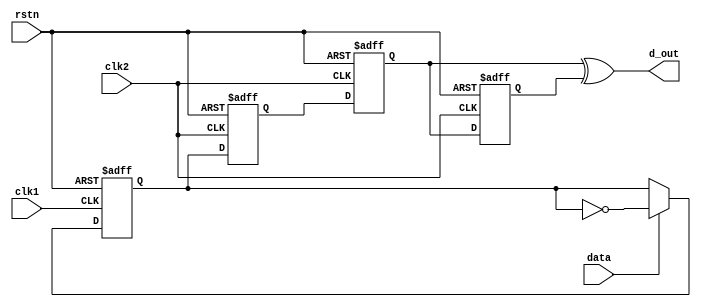
module fast2slow(
	input	clk1,	//	fast
	input	clk2,	//	slow
	input	data,
	input	rstn,
	output  d_out
);

reg		toggle;
reg		q1, q2, q3;

always@(posedge clk1 or negedge rstn)begin
	if(!rstn)
		toggle <= 1'b0;
	else if(data)
		toggle <= ~toggle;
	else
		toggle <= toggle;
end

always@(posedge clk2 or negedge rstn)begin
	if(!rstn)
		{q3, q2, q1} <= 3'b0;
	else
		{q3, q2, q1} <= {q2, q1, toggle};
end

assign d_out = q2 ^ q3;

endmodule